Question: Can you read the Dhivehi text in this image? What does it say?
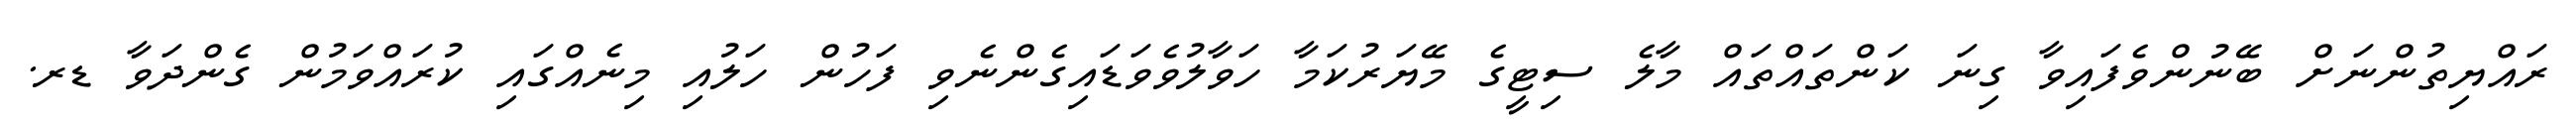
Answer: ރައްޔިތުންނަށް ބޭނުންވެފައިވާ ގިނަ ކަންތައްތައް މާލެ ސިޓީގެ މޭޔަރުކަމާ ހަވާލުވެވަޑައިގެންނެވި ފަހުން ހަލުއި މިނެއްގައި ކުރައްވަމުން ގެންދަވާ ޑރ.